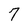
Character: 7